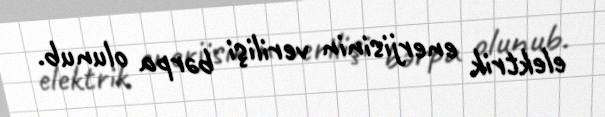
elektrik enerjisinin verilişi bərpa olunub.